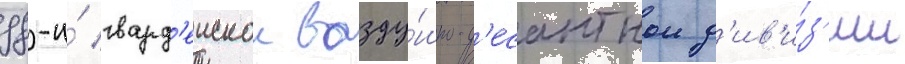
98-и́ гвард'еискои возду́шно-д'есантнои д'ив'и́з'ии